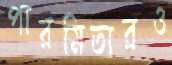
পারমিতারও